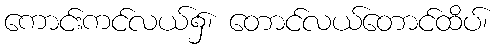
ကောင်းကင်လယ်၌၊ တောင်လယ်တောင်ထိပ်၊